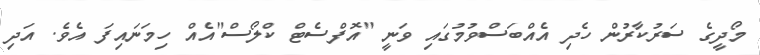
މޯދީގެ ސަރުކާރުން ހެދި އެއްބަސްވުމުގައި ވަނީ "އޮފްސެޓް ކްލޯސް"އެއް ހިމަނައިފަ އެވެ. އަދި